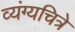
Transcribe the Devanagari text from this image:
व्यंग्यचित्रे